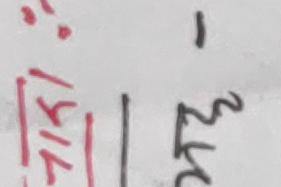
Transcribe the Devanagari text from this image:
गिणि 1 २५म